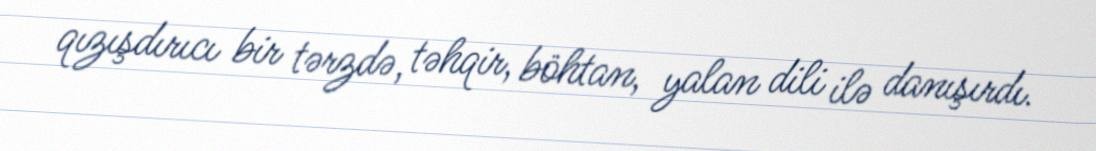
qızışdırıcı bir tərzdə, təhqir, böhtan, yalan dili ilə danışırdı.